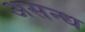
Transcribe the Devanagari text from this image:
असन्ध